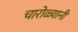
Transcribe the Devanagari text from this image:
चारोळ्यानी